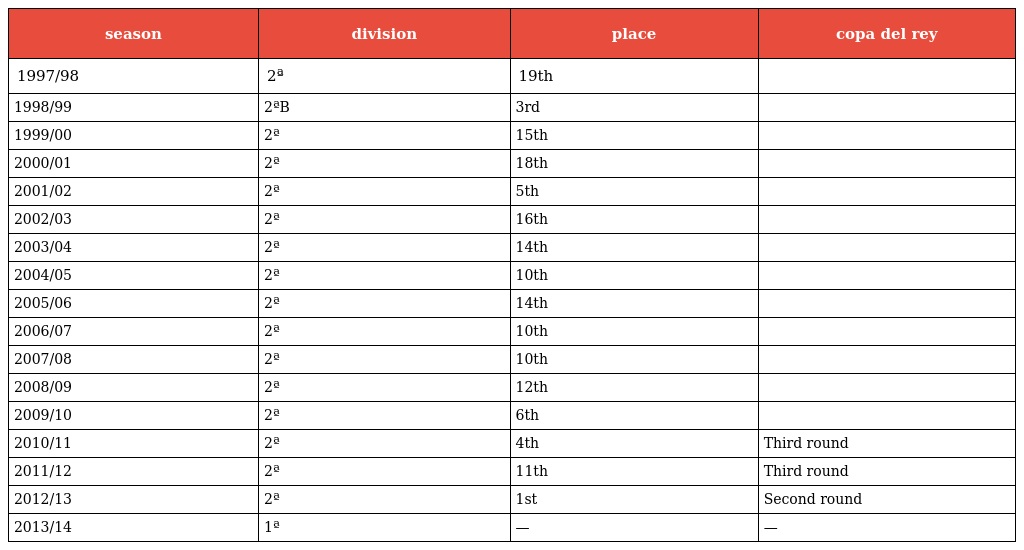
| season | division | place | copa del rey |
 | --- | --- | --- | --- |
 | 1997/98 | 2ª | 19th |  |
 | 1998/99 | 2ªB | 3rd |  |
 | 1999/00 | 2ª | 15th |  |
 | 2000/01 | 2ª | 18th |  |
 | 2001/02 | 2ª | 5th |  |
 | 2002/03 | 2ª | 16th |  |
 | 2003/04 | 2ª | 14th |  |
 | 2004/05 | 2ª | 10th |  |
 | 2005/06 | 2ª | 14th |  |
 | 2006/07 | 2ª | 10th |  |
 | 2007/08 | 2ª | 10th |  |
 | 2008/09 | 2ª | 12th |  |
 | 2009/10 | 2ª | 6th |  |
 | 2010/11 | 2ª | 4th | Third round |
 | 2011/12 | 2ª | 11th | Third round |
 | 2012/13 | 2ª | 1st | Second round |
 | 2013/14 | 1ª | — | — |